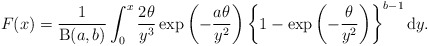
\begin{align*}F(x) =\frac{1}{\operatorname{B}(a,b)}\int^{x}_{0}\frac{2\theta}{y^{3}}\exp\left(-\frac{a\theta}{y^{2}}\right)\left\{1 - \exp\left(-\frac{\theta}{y^{2}}\right)\right\}^{b-1}\mathrm{d}y.\end{align*}